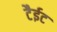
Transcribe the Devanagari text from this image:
टैईट